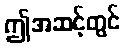
ဤအဆင့်တွင်